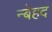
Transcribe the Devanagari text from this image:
न्बेहद